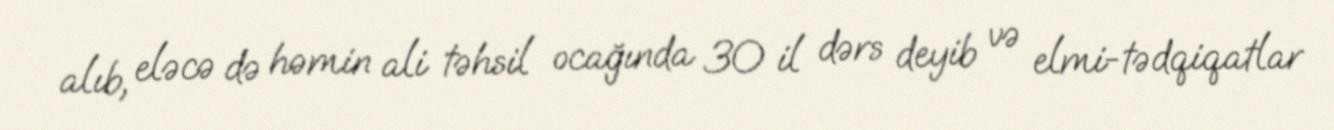
alıb, eləcə də həmin ali təhsil ocağında 30 il dərs deyib və elmi-tədqiqatlar